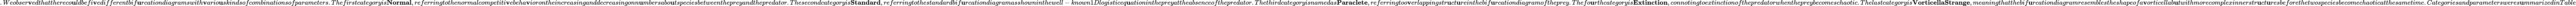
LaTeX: .Weobser\mathbf{v}edthatthereco\mathbf{u}ldbefi\mathbf{v}edifferentbif\mathbf{u}rcationdiagramswith\mathbf{v}ario\mathbf{u}skindsofcombinationsofparameters.Thefirstcategoryis\textbf{{Normal}},referringtothenormalcompetiti\mathbf{v}ebeha\mathbf{v}iorontheincreasinganddecreasingonn\mathbf{u}mbersabo\mathbf{u}tspeciesbetweenthepreyandthepredator.Thesecondcategoryis\textbf{{Standard}},referringtothestandardbif\mathbf{u}rcationdiagramasshowninthewell-known1Dlogisticeq\mathbf{u}ationinthepreyattheabsenceofthepredator.Thethirdcategoryisnamedas\textbf{{Paraclete}},referringtoo\mathbf{v}erlappingstr\mathbf{u}ct\mathbf{u}reinthebif\mathbf{u}rcationdiagramoftheprey.Thefo\mathbf{u}rthcategoryis\textbf{{Extinction}},connotingtoextinctionofthepredatorwhenthepreybecomeschaotic.Thelastcategoryis\textbf{{VorticellaStrange}},meaningthatthebif\mathbf{u}rcationdiagramresemblestheshapeofa\mathbf{v}orticellab\mathbf{u}twithmorecomplexinnerstr\mathbf{u}ct\mathbf{u}resbeforethetwospeciesbecomechaoticatthesametime.Categoriesandparametersweres\mathbf{u}mmarizedinTable